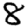
Digit: 8